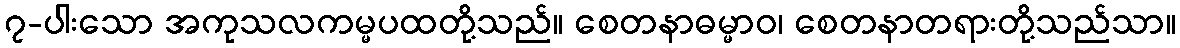
၇-ပါးသော အကုသလကမ္မပထတို့သည်။ စေတနာဓမ္မာဝ၊ စေတနာတရားတို့သည်သာ။